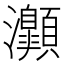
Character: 𤅡